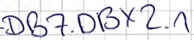
Text: DB7.DBX2.1